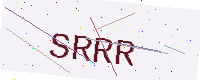
Text: SRRR